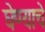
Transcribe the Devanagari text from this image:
घेण्‍याचे